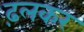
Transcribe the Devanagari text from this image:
ढ़लकर